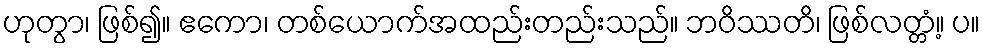
ဟုတွာ၊ ဖြစ်၍။ ဧကော၊ တစ်ယောက်အထည်းတည်းသည်။ ဘဝိဿတိ၊ ဖြစ်လတ္တံ့။ ပ။